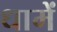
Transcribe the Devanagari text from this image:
धामें